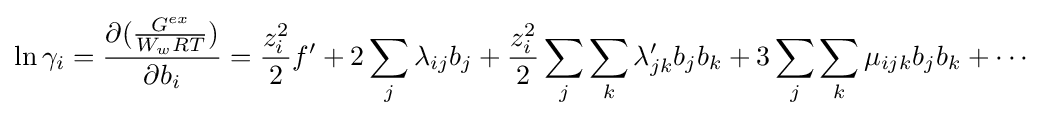
\ln \gamma _{i}={\frac {\partial ({\frac {G^{ex}}{W_{w}RT}})}{\partial b_{i}}}={\frac {z_{i}^{2}}{2}}f'+2\sum _{j}\lambda _{ij}b_{j}+{\frac {z_{i}^{2}}{2}}\sum _{j}\sum _{k}\lambda '_{jk}b_{j}b_{k}+3\sum _{j}\sum _{k}\mu _{ijk}b_{j}b_{k}+\cdots